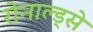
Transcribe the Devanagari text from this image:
रोनाल्ड्से